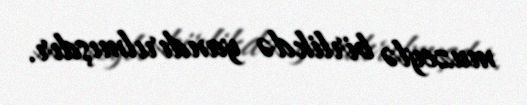
muzeylə birlikdə yandırılmışdır.